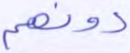
دونهم